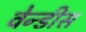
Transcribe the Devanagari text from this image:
वेन्डीस